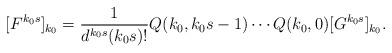
LaTeX: \begin{align*} [F^{k_0 s}]_{k_0 } = \frac{1}{d^{k_0 s} (k_0 s)!} Q(k_0, k_0 s - 1) \cdots Q(k_0, 0) [G^{k_0 s}]_{k_0 }.\end{align*}